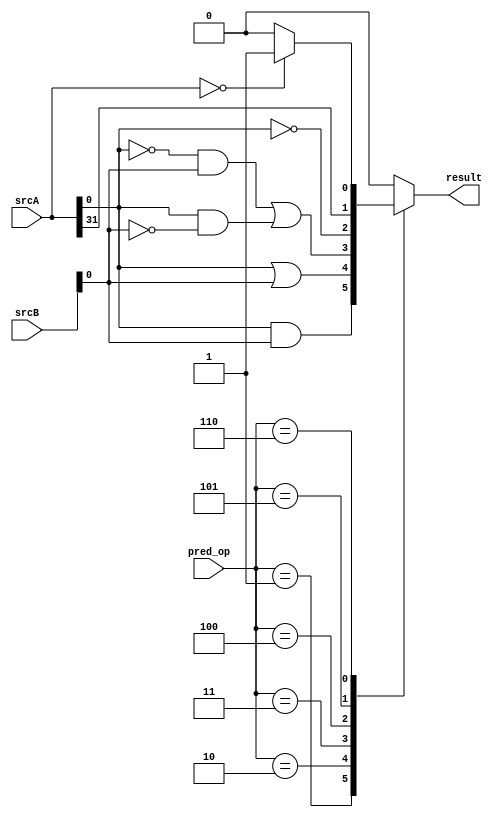
module alu_pred (
	pred_op,
	srcA,
	srcB,
	result)/* synthesis synthesis_clearbox = 1 */;

	input	[2:0]pred_op;
	input	[31:0]srcA;
	input	[31:0]srcB;
	output	reg  result;

always@(*)
begin
   case(pred_op)
      3'h1:begin
      	   result    = srcA[0] && srcB[0];
       end
      3'h2:begin
      	   result    = srcA[0] || srcB[0];
       end
      3'h3:begin
      	   result    = ((!srcA[0])&&(srcB[0])) || ((srcA[0])&&(!srcB[0]));
       end
      3'h4:begin
      	   result    = ~srcA[0];
       end
      3'h5:begin
      	   result    = srcA[31];	//FIX check this
       end
      3'h6:begin
      	   result    = (srcA == 0) ? 1'b1 : 1'b0;     //FIX check this
       end
       default: begin
      	   result    = 0;
      	end
   endcase
end

endmodule